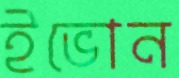
ইভোন